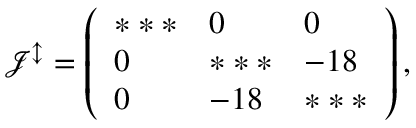
\mathcal { J ^ { \updownarrow } } = \left( \begin{array} { l l l } { * * * } & { 0 } & { 0 } \\ { 0 } & { * * * } & { - 1 8 } \\ { 0 } & { - 1 8 } & { * * * } \end{array} \right) ,